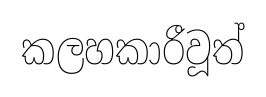
කලහකාරීවූත්